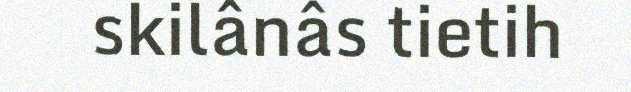
skilânâs tietih